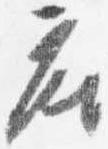
座